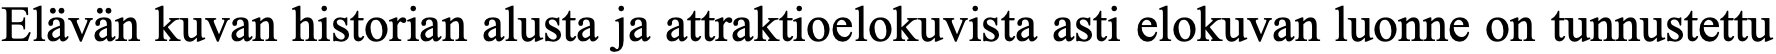
Elävän kuvan historian alusta ja attraktioelokuvista asti elokuvan luonne on tunnustettu